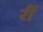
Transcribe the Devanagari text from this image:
रीं